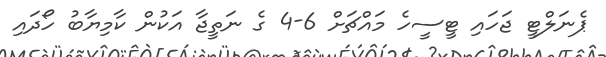
ޕެނަލްޓީ ޖަހައި ޓީސީހެ މައްޗަށް 6-4 ގެ ނަތީޖާ އަކުން ކާމިޔާބު ހޯދައި